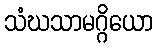
သံဃသာမဂ္ဂိယော